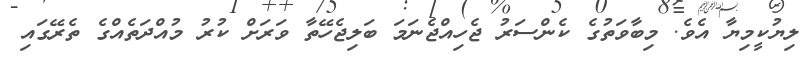
ލިޔުކީމިޔާ އެވެ. މިބާވަތުގެ ކެންސަރު ޖެހިއްޖެނަމަ ބަލިޖެހޭތާ ވަރަށް ކުރު މުއްދަތެއްގެ ތެރޭގައި